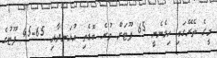
މީގެ ތެރޭގައި ހިމެނެނީ 65 ފޫޓަށް ވުރެ ބޮޑެތި އުޅަނދާއި 65-45 ފޫޓުގެ